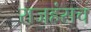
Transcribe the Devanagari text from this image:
राजहंसच